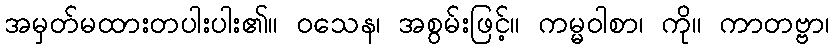
အမှတ်မထားတပါးပါး၏။ ဝသေန၊ အစွမ်းဖြင့်။ ကမ္မဝါစာ၊ ကို။ ကာတဗ္ဗာ၊